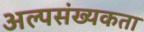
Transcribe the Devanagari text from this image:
अल्पसंख्यकता